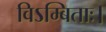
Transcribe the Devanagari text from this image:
विऽम्बिताः।